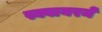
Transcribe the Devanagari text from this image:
स्क्वायरमें